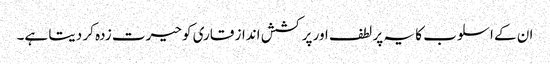
ان کے اسلوب کا یہ پر لطف اور پر کشش انداز قاری کو حیرت زدہ کر دیتا ہے۔